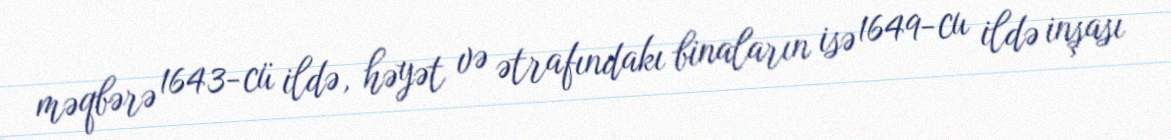
məqbərə 1643-cü ildə, həyət və ətrafındakı binaların isə 1649-cu ildə inşası